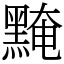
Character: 黤